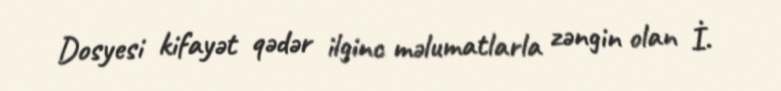
Dosyesi kifayət qədər ilginc məlumatlarla zəngin olan İ.